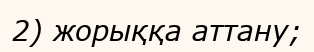
2) жорыққа аттану;